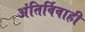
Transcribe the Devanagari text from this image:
अंतिर्विवाही